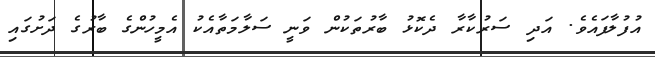
އުފުލާފައެވެ. އަދި ސަރުކާރާ ދެކޮޅު ބާރުތަކުން ވަނީ ސަލާމަތާއެކު އެމީހުންގެ ބާރުގެ ދަށުގައި